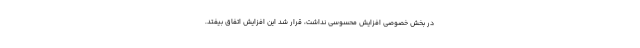
در بخش خصوصی افزایش محسوسی نداشت، قرار شد این افزایش اتفاق بیفتد.